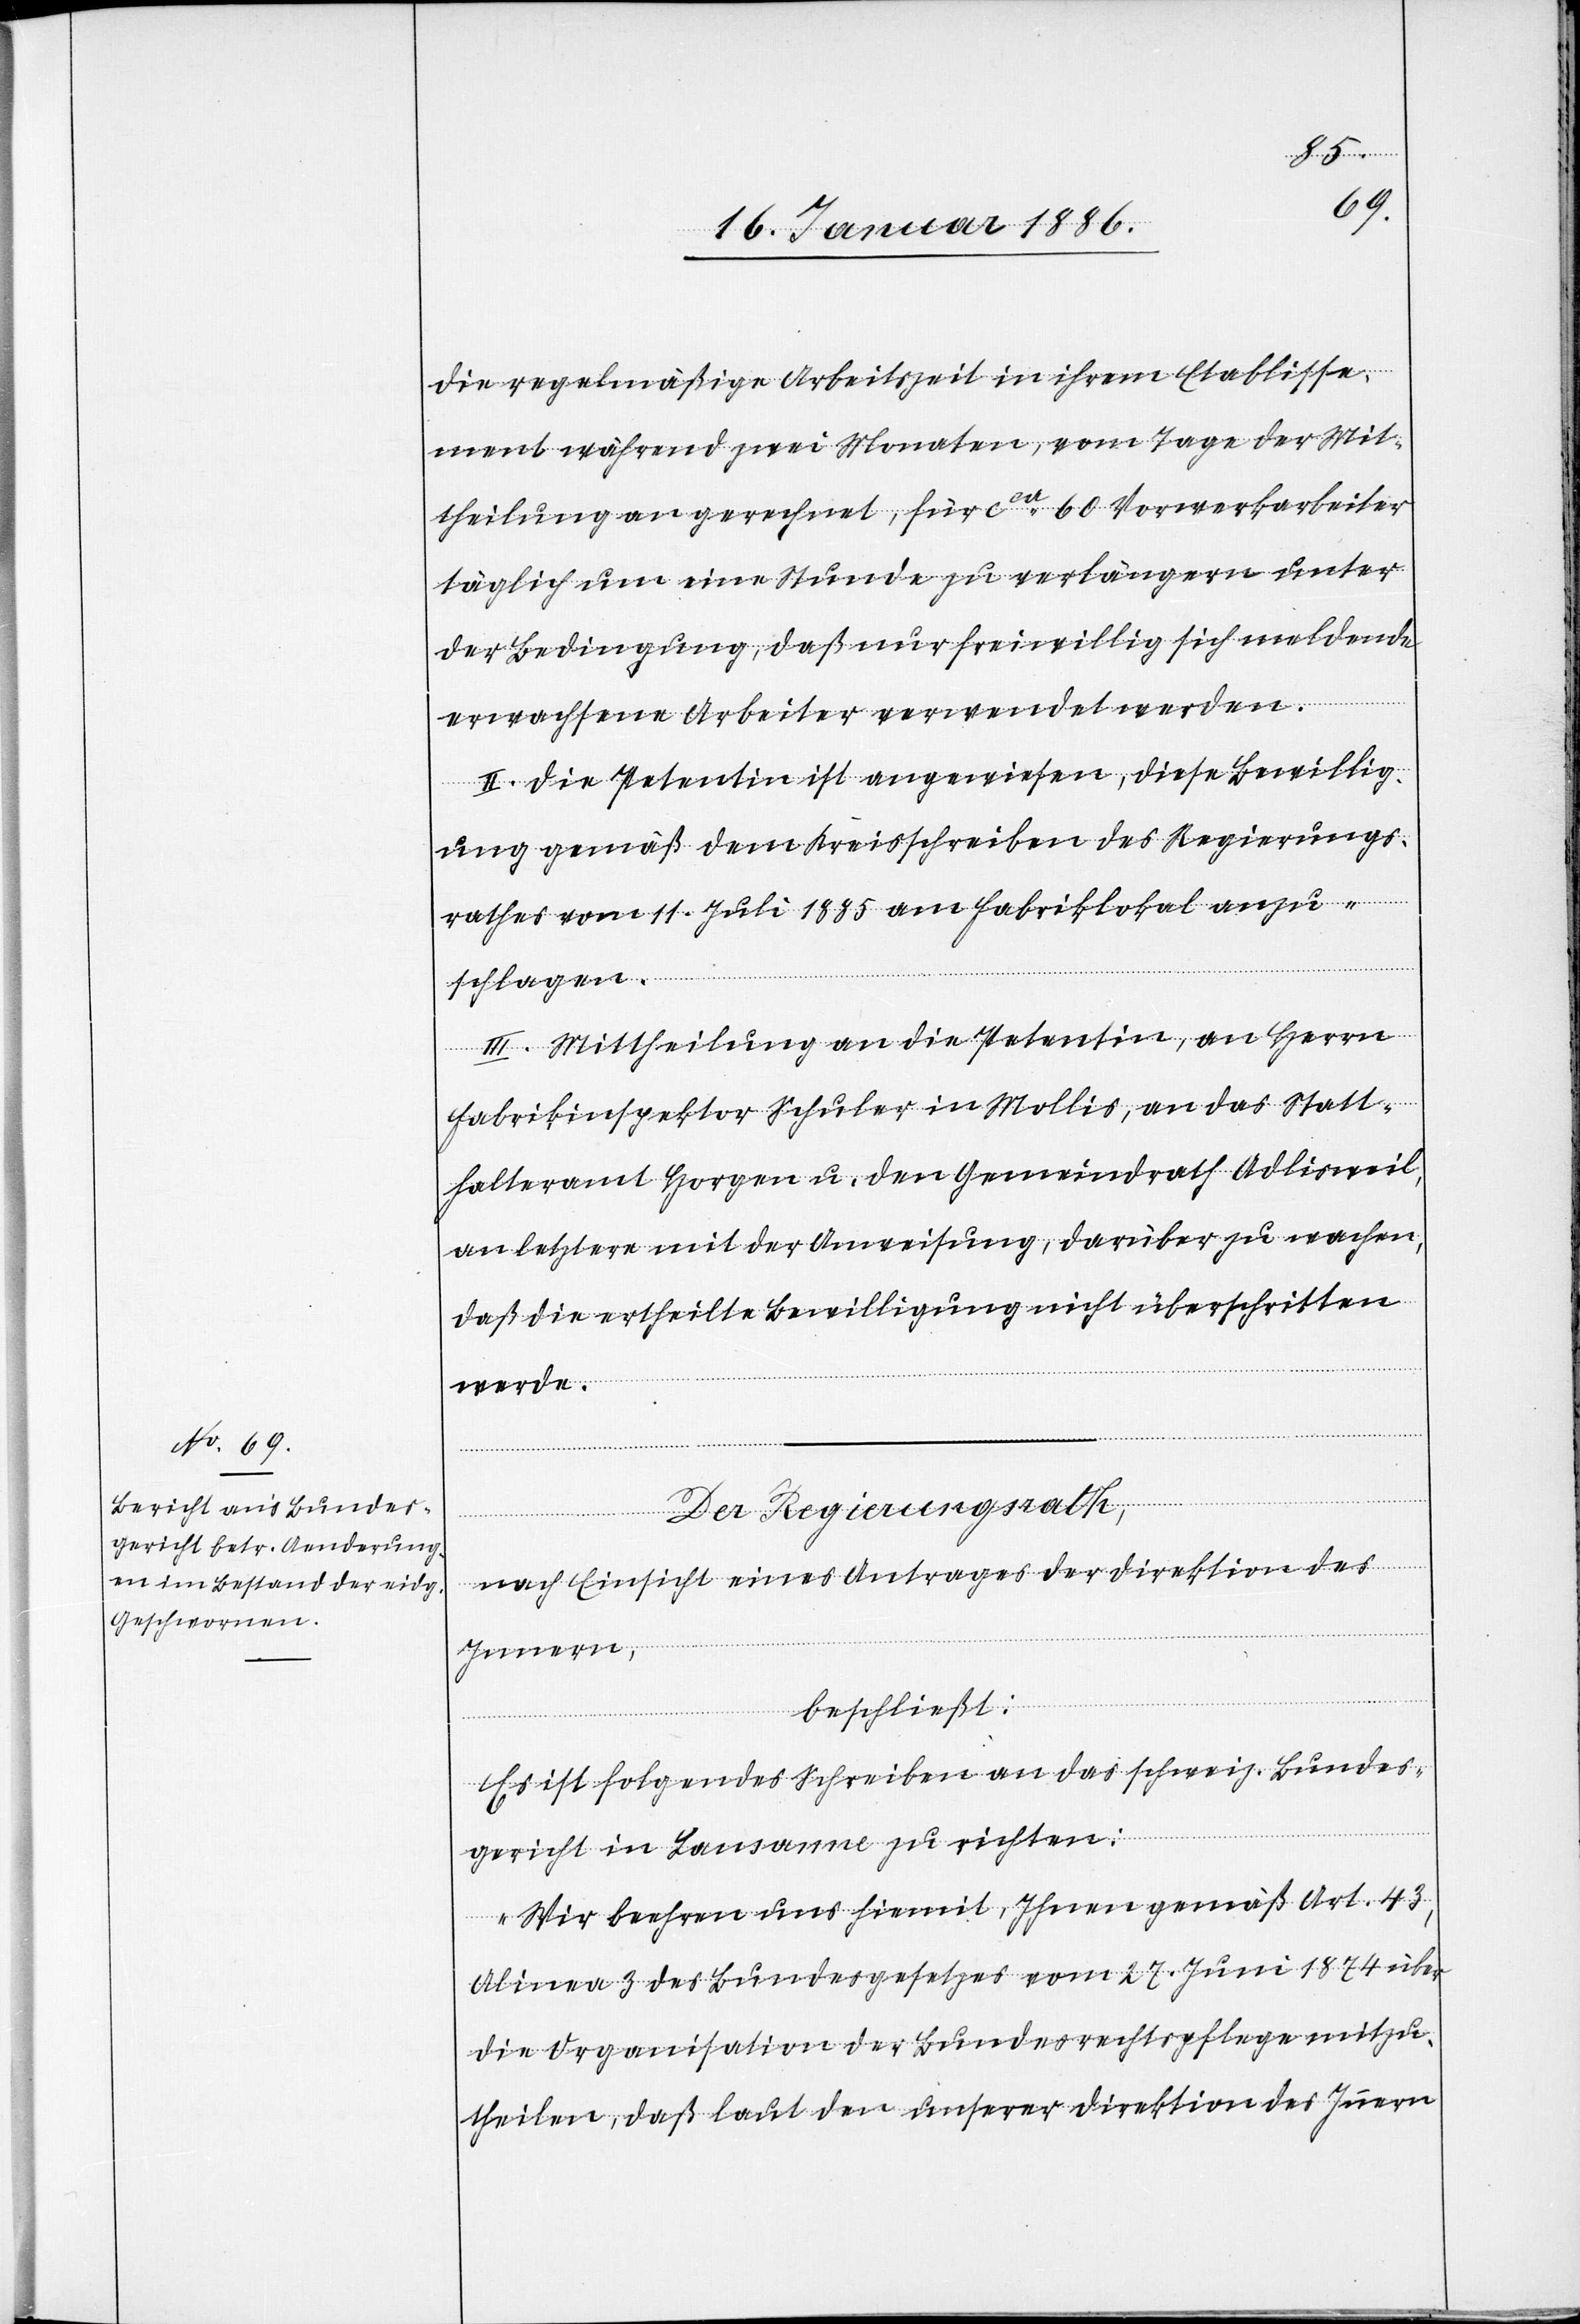
die regelmäßige Arbeitszeit in ihrem Etablisse¬
ment während zwei Monaten, vom Tage der Mit¬
theilung an gerechnet, für cca 60 Vorwerkarbeiter
täglich um eine Stunde zu verlängern unter
der Bedingung, daß nur freiwillig sich meldende
erwachsene Arbeiter verwendet werden.
II. Die Petentin ist angewiesen, diese Bewillig¬
ung gemäß dem Kreisschreiben des Regierungs¬
rathes vom 11. Juli 1885 am Fabriklokal anzu¬
schlagen.
III. Mittheilung an die Petentin, an Herrn
Fabrikinspektor Schuler in Mollis, an das Statt¬
halteramt Horgen u. den Gemeindrath Adlisweil,
an letztern mit der Anweisung, darüber zu wachen,
daß die ertheilte Bewilligung nicht überschritten
werde.
Der Regierungsrath,
nach Einsicht eines Antrages der Direktion des
Innern,
beschließt:
Es ist folgendes Schreiben an das schweiz. Bundes¬
gericht in Lausanne zu richten:
„Wir beehren uns hiemit, Ihnen gemäß Art. 43,
Alinea 3 des Bundesgesetzes vom 27. Juni 1874 über
die Organisation der Bundesrechtspflege mitzu¬
theilen, daß laut den unserer Direktion des Innern